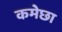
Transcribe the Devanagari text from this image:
कमेछा